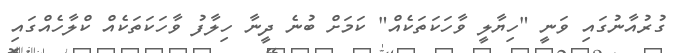
ގުރުއާނުގައި ވަނީ "ހިޔާލީ ވާހަކަތަކެއް" ކަމަށް ބުނެ ދީނާ ހިލާފު ވާހަކަތަކެއް ކްލާހެއްގައި